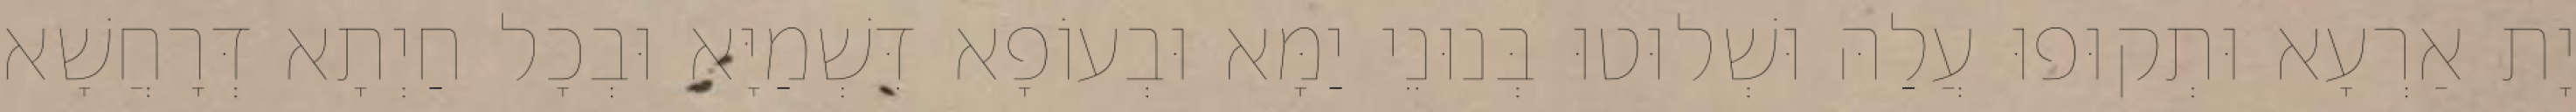
יָת אַרְעָא וּתְקוּפוּ עֲלַהּ וּשְׁלוּטוּ בְּנוּנֵי יַמָּא וּבְעוֹפָא דִּשְׁמַיָּא וּבְכָל חַיְתָא דְּרָחֲשָׁא